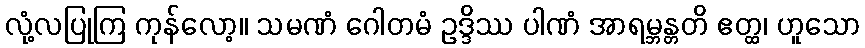
လုံ့လပြုကြ ကုန်လော့။ သမဏံ ဂေါတမံ ဥဒ္ဒိဿ ပါဏံ အာရမ္ဘန္တတိ ဧတ္ထ၊ ဟူသော